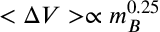
< \Delta V > \propto m _ { B } ^ { 0 . 2 5 }